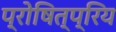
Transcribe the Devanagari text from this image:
प्रोषित्प्रिय